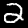
Digit: 2